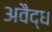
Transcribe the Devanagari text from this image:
अवैद्ध